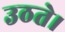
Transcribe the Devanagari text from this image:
उठते।